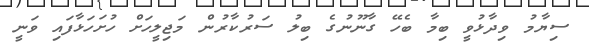
ސިޔާމު ވިދާޅުވީ ބިމާ ބެހޭ ގާނޫނުގެ ބިލު ސަރުކާރުން މަޖިލީހަށް ހުށަހަޅާފައި ވަނީ